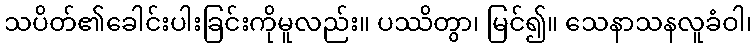
သပိတ်၏ခေါင်းပါးခြင်းကိုမူလည်း။ ပဿိတွာ၊ မြင်၍။ သေနာသနလူခံဝါ၊